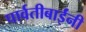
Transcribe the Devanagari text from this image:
पार्वतीबाईंनी